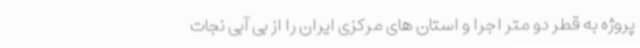
پروژه به قطر دو متر اجرا و استان های مرکزی ایران را از بی آبی نجات